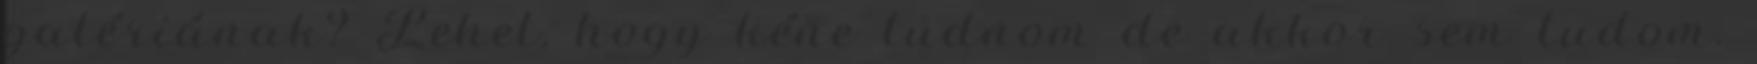
galériának? Lehet, hogy kéne tudnom de akkor sem tudom.